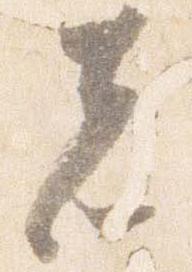
者